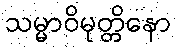
သမ္မာဝိမုတ္တိနော